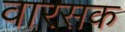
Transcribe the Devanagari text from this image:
वारसक